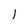
Character: l